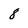
Character: 8